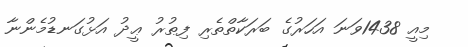
މިއީ 1438ވަނަ އަހަރުގެ ބަރަކާތްތެރި ފިޠުރު ޢީދު އަޅުގަނޑުމެންނާ